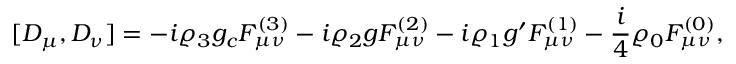
[ { \cal D } _ { \mu } , { \cal D } _ { \nu } ] = - i \varrho _ { 3 } g _ { c } { \cal F } _ { \mu \nu } ^ { ( 3 ) } - i \varrho _ { 2 } g { \cal F } _ { \mu \nu } ^ { ( 2 ) } - i \varrho _ { 1 } g ^ { \prime } { \cal F } _ { \mu \nu } ^ { ( 1 ) } - { \frac { i } { 4 } } \varrho _ { 0 } { \cal F } _ { \mu \nu } ^ { ( 0 ) } ,